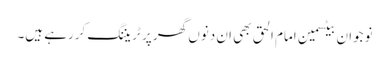
نوجوان بیٹسمین امام الحق بھی ان دنوں گھر پر ٹریننگ کررہے ہیں۔